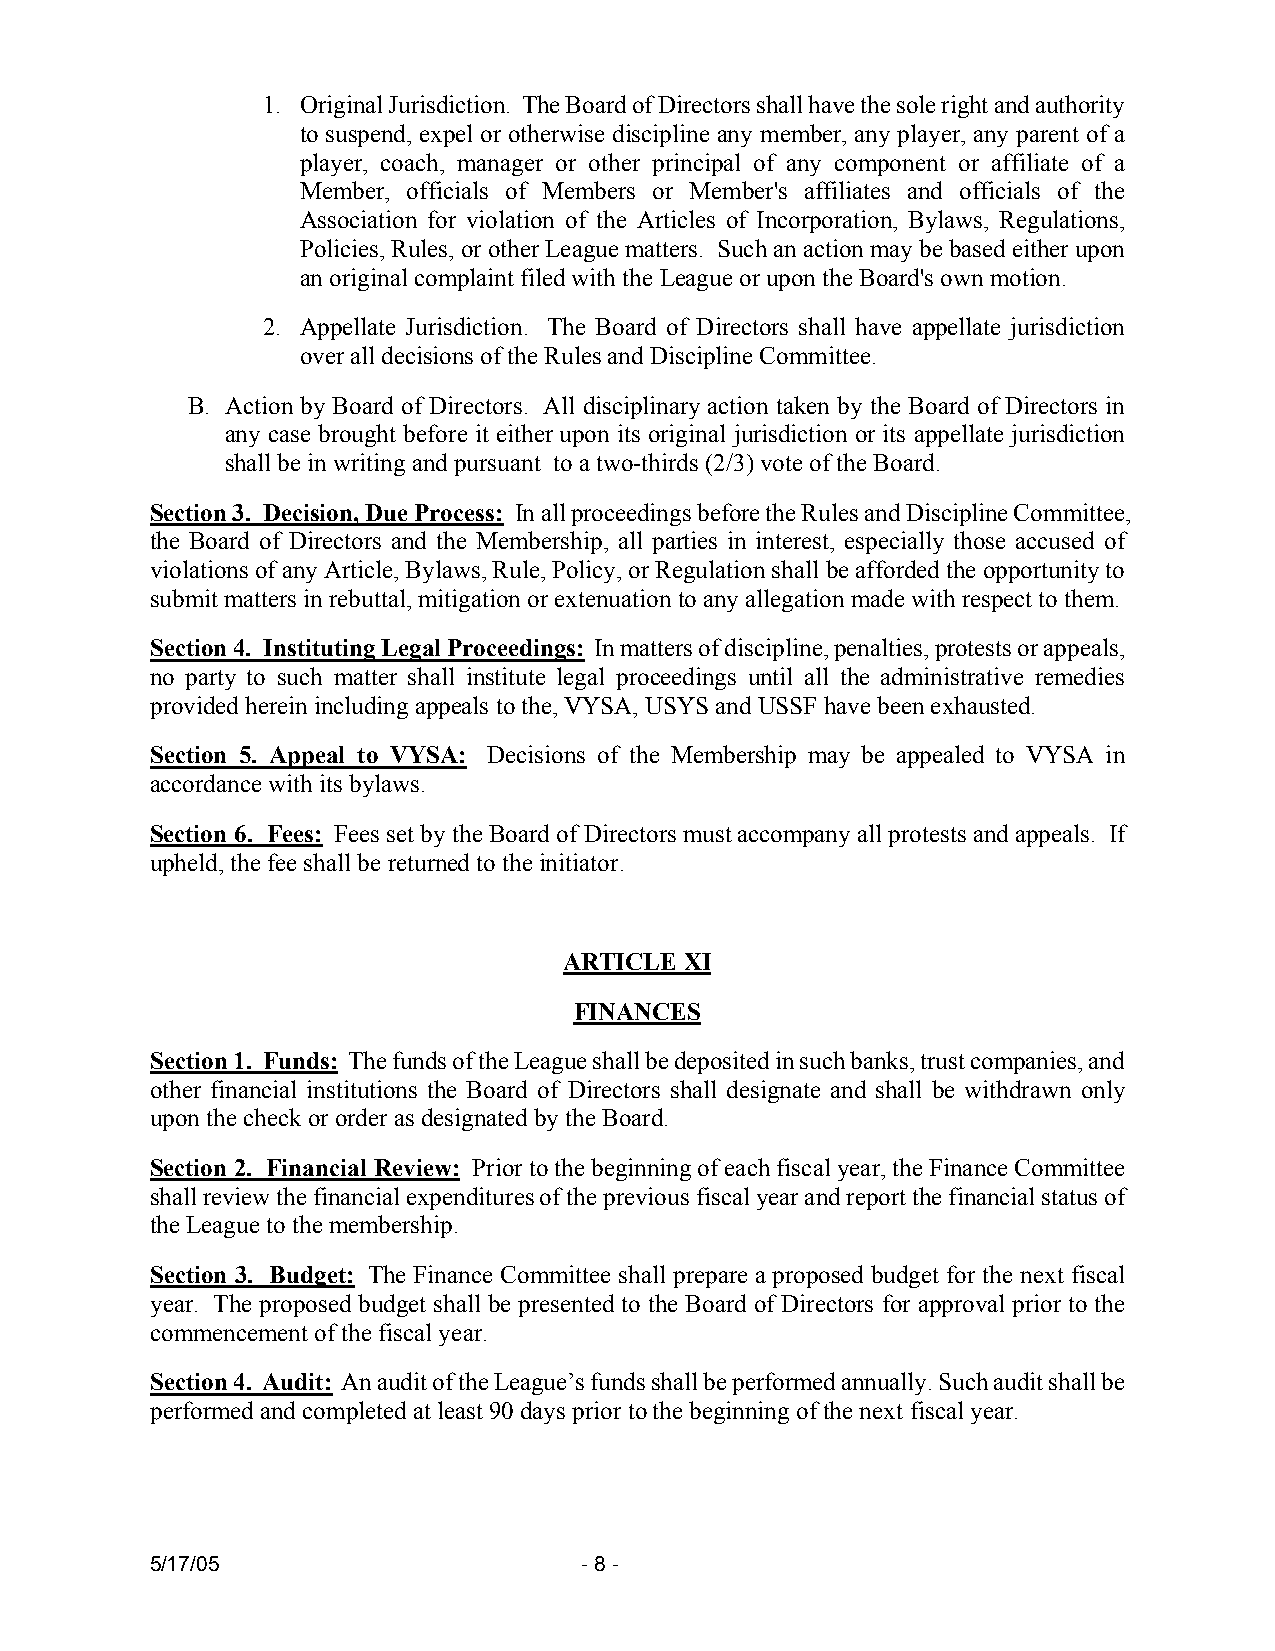
1. Original Jurisdiction. The Board of Directors shall have the sole right and authority
 to suspend, expel or otherwise discipline any member, any player, any parent of a
 player, coach, manager or other principal of any component or affiliate of a
 Member, officials of Members or Member's affiliates and officials of the
 Association for violation of the Articles of Incorporation, Bylaws, Regulations,
 Policies, Rules, or other League matters. Such an action may be based either upon
 an original complaint filed with the League or upon the Board's own motion.
 2. Appellate Jurisdiction. The Board of Directors shall have appellate jurisdiction
 over all decisions of the Rules and Discipline Committee.
 B. Action by Board of Directors. All disciplinary action taken by the Board of Directors in
 any case brought before it either upon its original jurisdiction or its appellate jurisdiction
 shall be in writing and pursuant to a two-thirds (2/3) vote of the Board.
 Section 3. Decision, Due Process: In all proceedings before the Rules and Discipline Committee,
 the Board of Directors and the Membership, all parties in interest, especially those accused of
 violations of any Article, Bylaws, Rule, Policy, or Regulation shall be afforded the opportunity to
 submit matters in rebuttal, mitigation or extenuation to any allegation made with respect to them.
 Section 4. Instituting Legal Proceedings: In matters of discipline, penalties, protests or appeals,
 no party to such matter shall institute legal proceedings until all the administrative remedies
 provided herein including appeals to the, VYSA, USYS and USSF have been exhausted.
 Section 5. Appeal to VYSA: Decisions of the Membership may be appealed to VYSA in
 accordance with its bylaws.
 Section 6. Fees: Fees set by the Board of Directors must accompany all protests and appeals. If
 upheld, the fee shall be returned to the initiator.
 ARTICLE XI
 FINANCES
 Section 1. Funds: The funds of the League shall be deposited in such banks, trust companies, and
 other financial institutions the Board of Directors shall designate and shall be withdrawn only
 upon the check or order as designated by the Board.
 Section 2. Financial Review: Prior to the beginning of each fiscal year, the Finance Committee
 shall review the financial expenditures of the previous fiscal year and report the financial status of
 the League to the membership.
 Section 3. Budget: The Finance Committee shall prepare a proposed budget for the next fiscal
 year. The proposed budget shall be presented to the Board of Directors for approval prior to the
 commencement of the fiscal year.
 Section 4. Audit: An audit of the League’s funds shall be performed annually. Such audit shall be
 performed and completed at least 90 days prior to the beginning of the next fiscal year.
 5/17/05                      - 8 -